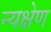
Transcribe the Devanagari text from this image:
न्यक्षेण